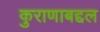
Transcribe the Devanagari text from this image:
कुराणाबद्दल